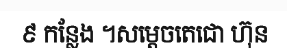
៩ កន្លែង ។សម្តេចតេជោ ហ៊ុន